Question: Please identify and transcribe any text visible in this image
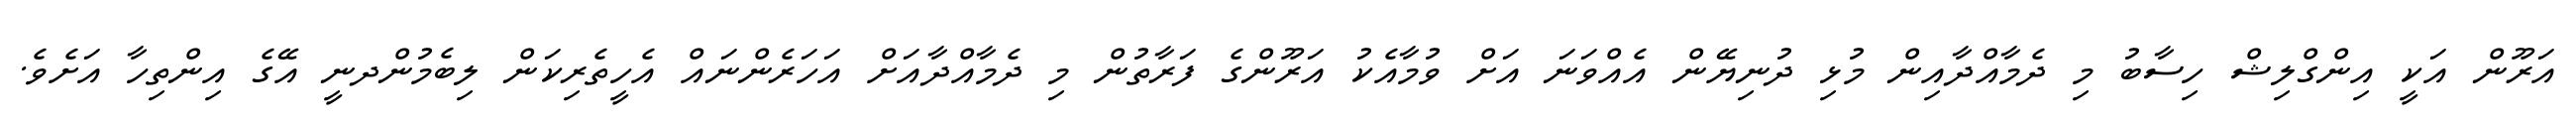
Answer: އަރޫން އަކީ އިންގްލިޝް ހިސާބު މި ދެމާއްދާއިން މުޅި ދުނިޔޭން އެއްވަނަ އަށް ވުމާއެކު އަރޫންގެ ފަރާތުން މި ދެމާއްދާއަށް އަހަރެންނައް އެހީތެރިކަން ލިބެމުންދނީ އޭގެ އިންތިހާ އަށެވެ.